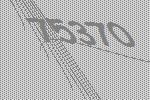
75370